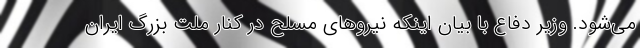
می‌شود. وزیر دفاع با بیان اینکه نیروهای مسلح در کنار ملت بزرگ ایران